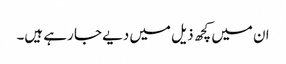
ان میں کچھ ذیل میں دیے جا رہے ہیں۔